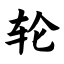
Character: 轮